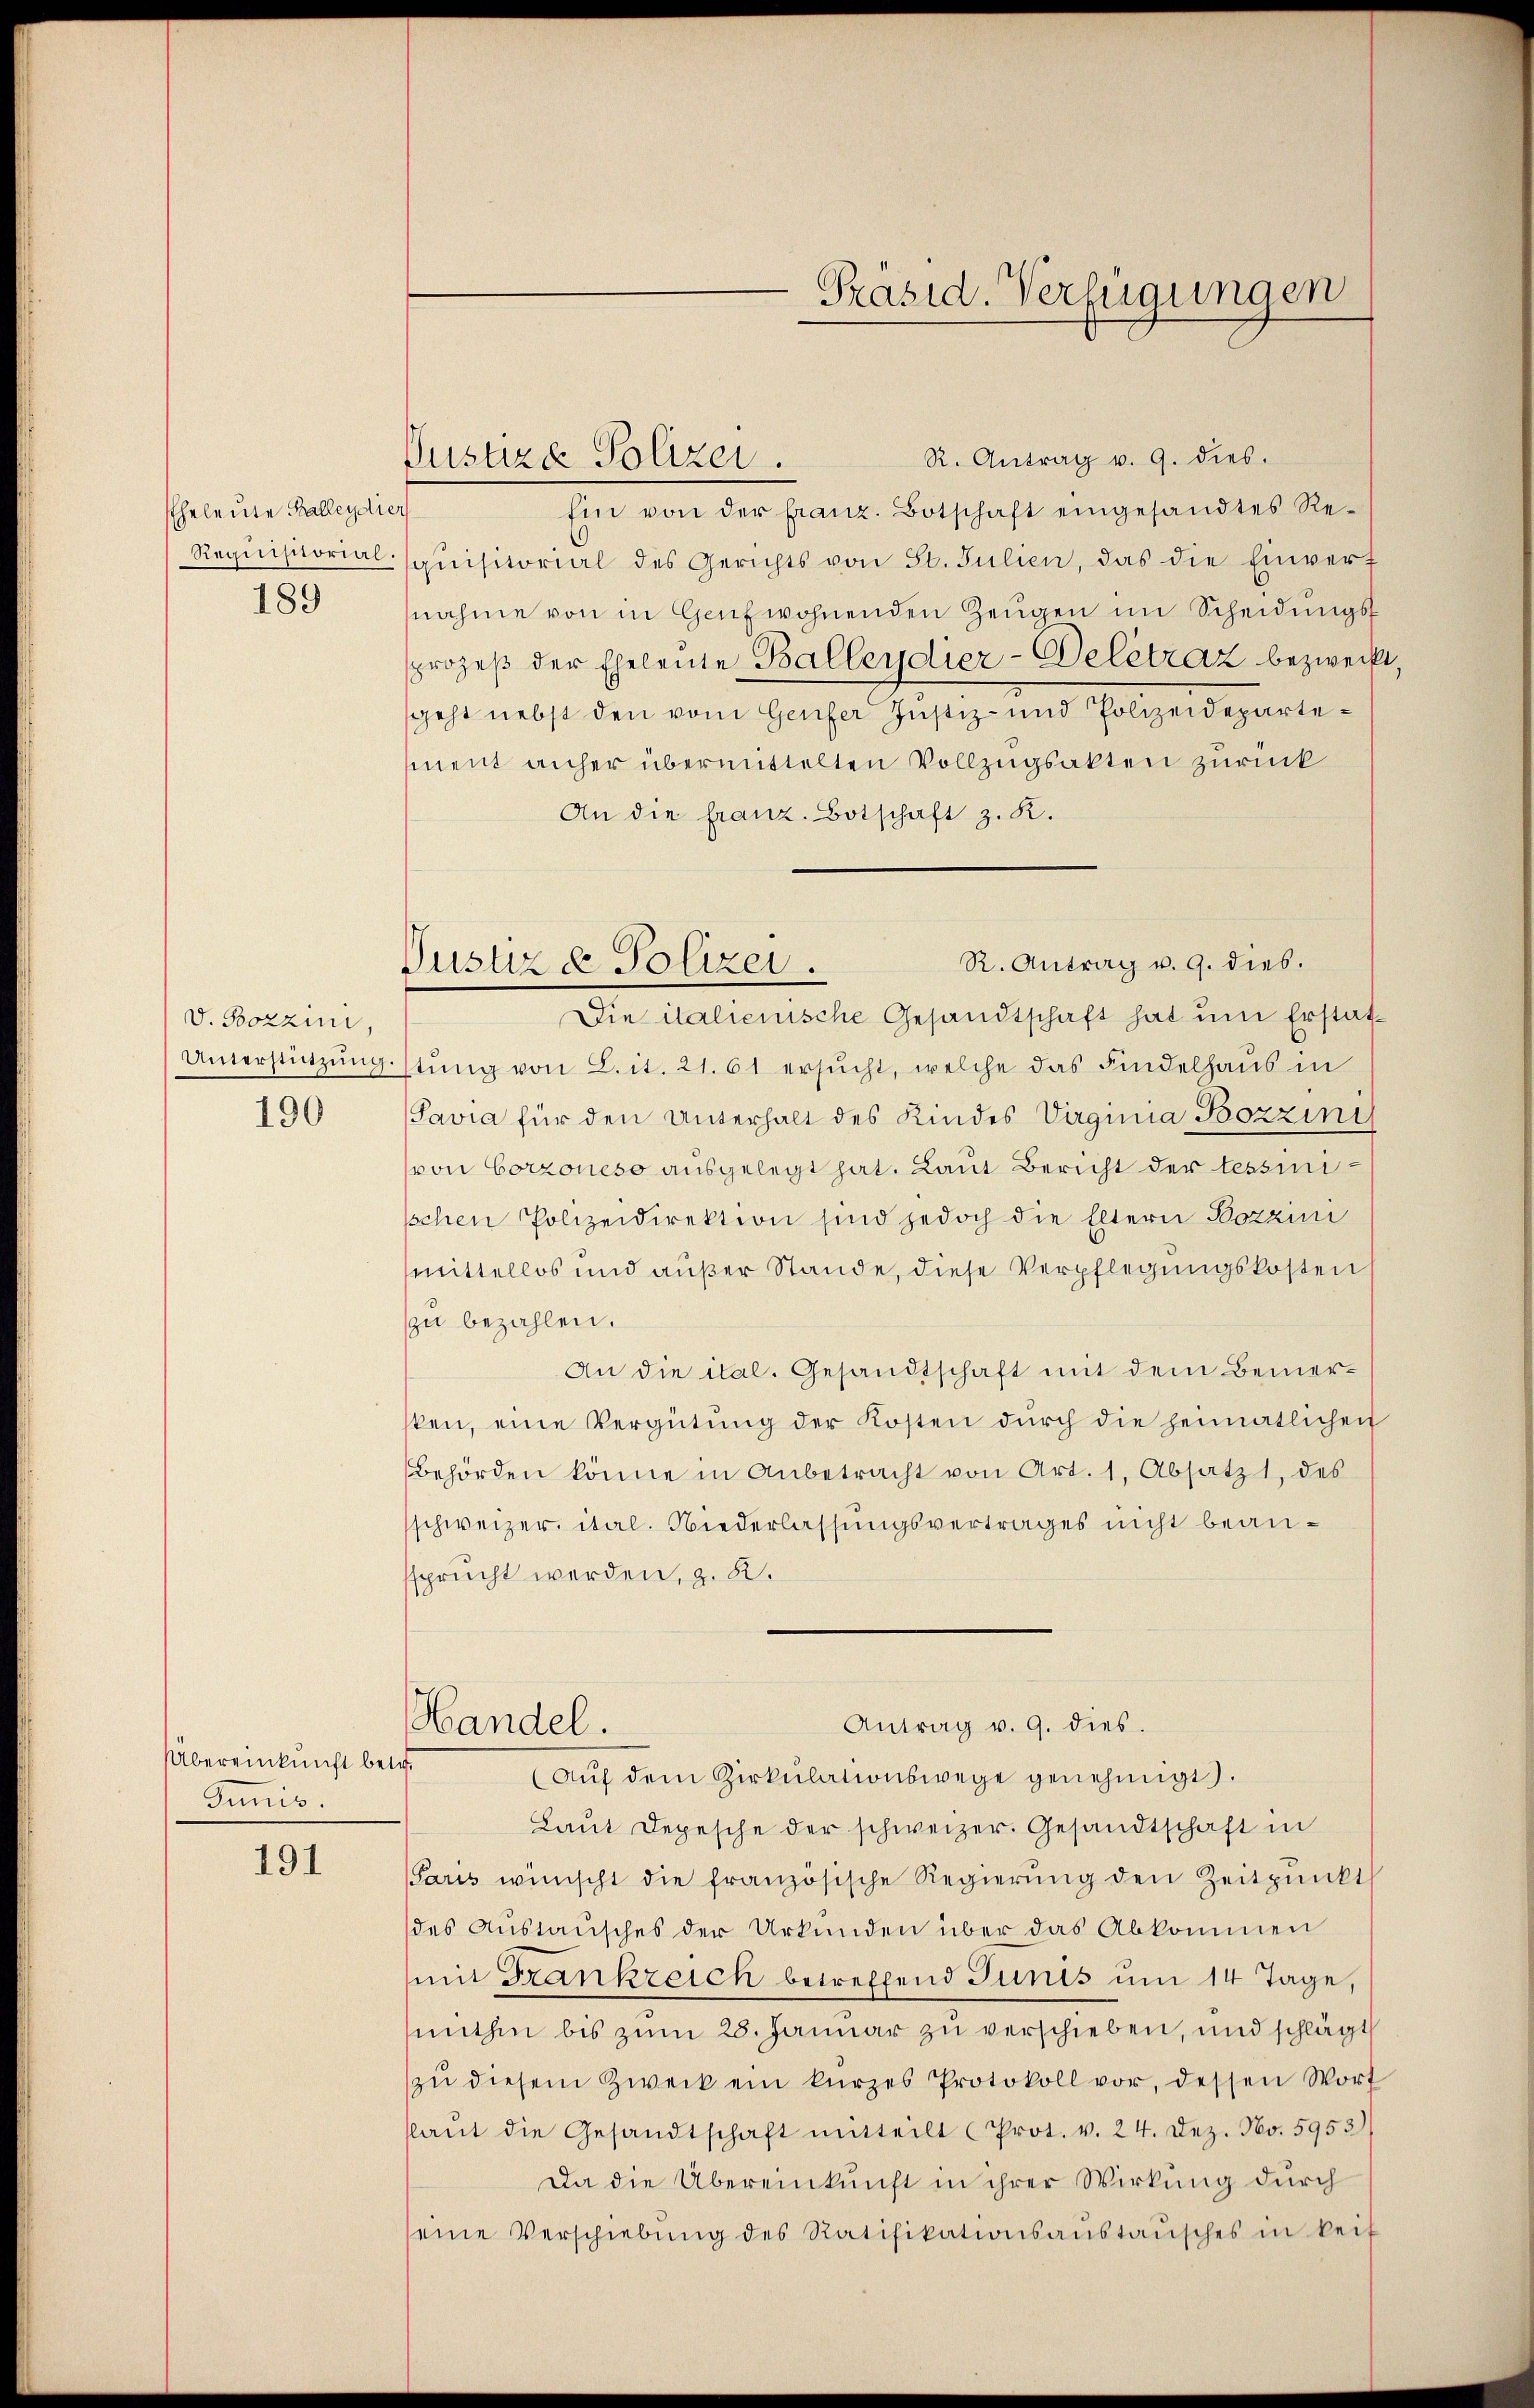
EEheleute Balleydie
189

v. Bozzini,
Unterstützung.
190

Übereinkunft betr.
Gummis.

191

Justiza Polizei

R. Antrag v. 9. dies.
Justiz & Polizei.

R. Antrag v. 9. dies.
Ein von der franz. Botschaft eingesandtes Re¬
Requisitorial-qŭisitorial des Gerichts von St. Julien, das die Einverf
nahme von in Genf wohnenden Zeŭgen im Scheidŭngs-
sprozeß der Eheleute Ballendier-Delétraz bezweckt
geht nebst den vom Genfer Justiz- und Polizeidepartement anher übermittelten Vollzugsakten zurück
An die franz. Botschaft z. R.
Die italienische Gesandtschaft hat ŭm Erstatstŭng von L. it. 21. 61 ersucht, welche das Findelhaus in
Pavia für den Unterhalt des Kindes Virginia Bozzini
von Corzoneso ausgelegt hat. Laut Bericht der tessinisschen Polizeidirektion sind jedoch die Eltern Bozzini
mittellos und außer Stande, diese Verpflegungskosten
zu bezahlen.
An die ital. Gesandtschaft mit dem Bemersken, eine Vergütŭng der Kosten durch die heimatlichen
behörden könne in Anbetracht von Art. 1. Absatz, des
schweizer ital. Niederlassungsvertrages nicht beanssprucht werden, z. B.
Antrag v. 9. dies.
Handel.
(Aŭf dem Zirkŭlationswege genehmigt.
Laŭt Depesche der schweizer. Gesandtschaft in
Paris wünscht die französische Regierŭng den Zeitpunkt
des Austausches der Urkunden über das Abkommen
mit Frankreich betreffend Junis um 14 Tage,
mithin bis zum 28. Januar zu verschieben, und schlägt
zŭ diesem Zweck ein kurzes Protokoll vor, dessen Wort
slaŭt die Gesandtschaft mitteilt (Prot. v. 24. Dez. No. 5953)
Da die Übereinkunft in ihrer Wirkung durch
seine Verschiebŭng des Ratifikationsaŭstaŭsches in keif

Präsid. Verfügungen